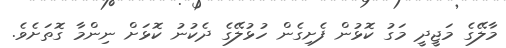
މާލޭގެ މަޖީދީ މަގު ކޮޅުން ފެށިގެން ހުޅުލޭގެ ދެކުނު ކޮޅަށް ނިންމާ ގޮތަށެވެ.